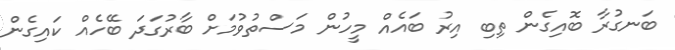
ބަނގުރާ ބޮއިގެން ތިބި އިރު ބައެއް މީހުން މަސްތުވުމަށް ބާރުގަދަ ބޭހެއް ކައިގެން